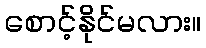
စောင့်နိုင်မလား။